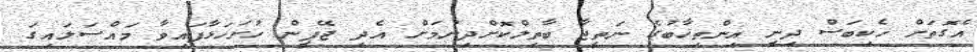
އެގޮތަށް ހެކިބަސް ދިނީ އިންތިޚާބުގެ ނަތީޖާ ބާތިލްކޮށްދިނުމަށް އެދި ޖޭޕީން ހުށަހަޅާފައިވާ މައްސަލައިގަ